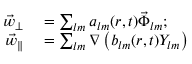
\begin{array} { r l } { \vec { w } _ { \perp } } & { { } = \sum _ { l m } a _ { l m } ( r , t ) \vec { \Phi } _ { l m } ; } \\ { \vec { w } _ { \parallel } } & { { } = \sum _ { l m } \nabla \left( b _ { l m } ( r , t ) Y _ { l m } \right) } \end{array}